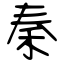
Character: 秦